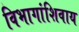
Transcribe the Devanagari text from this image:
विभागांशिवाय